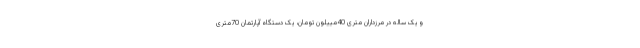
و یک ساله در مرزداران متری 40مییلون تومان، یک دستگاه آپارتمان 70متری